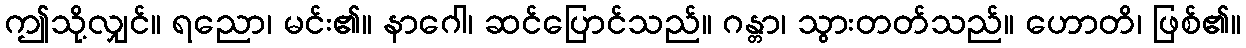
ဤသို့လျှင်။ ရညော၊ မင်း၏။ နာဂေါ၊ ဆင်ပြောင်သည်။ ဂန္တာ၊ သွားတတ်သည်။ ဟောတိ၊ ဖြစ်၏။